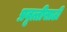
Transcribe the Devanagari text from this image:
प्रवृत्तीसाठी